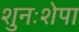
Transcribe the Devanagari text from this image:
शुनःशेपा